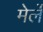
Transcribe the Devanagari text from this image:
मेर्ले